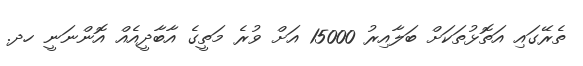
ތެރޭގައި އަތޮޅުތަކަށް ބަލާއިރު 15000 އަށް ވުރެ މަތީގެ އާބާދީއެއް އޮންނަނީ ހދ.